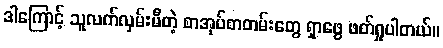
ဒါကြောင့် သူလက်လှမ်းမီတဲ့ စာအုပ်စာတမ်းတွေ ရှာဖွေ ဖတ်ရှုပါတယ်။